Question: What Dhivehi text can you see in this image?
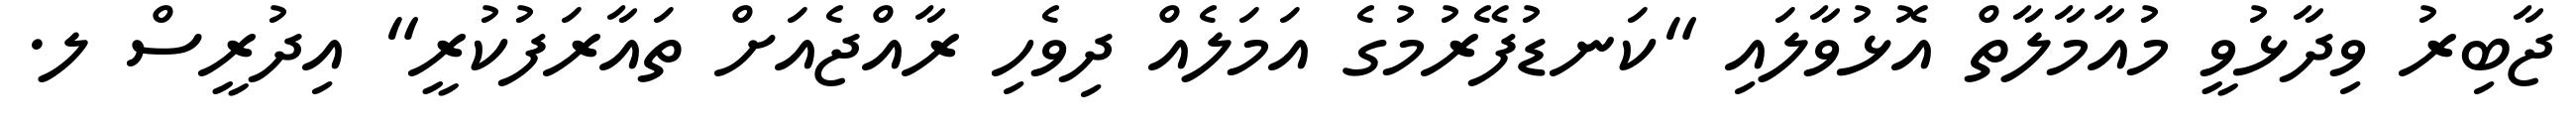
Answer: ޖާބިރު ވިދާޅުވީ މުއާމާލާތް އޮޅުވާލައި "ކަނޑުފޭރުމުގެ އަމަލެއް ދިވެހި ރާއްޖެއަށް ތައާރަފުކުރީ" އިދުރީސް ލ.